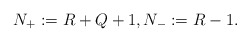
\begin{align*}N_{+}:= R+Q+1,N_{-}:=R-1.\end{align*}